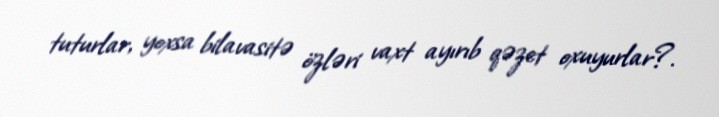
tuturlar, yoxsa bilavasitə özləri vaxt ayırıb qəzet oxuyurlar?.